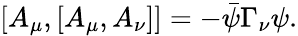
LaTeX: [A_{\mu},[A_{\mu},A_{\nu}]]=-\bar{\psi}\Gamma_{\nu}\psi.